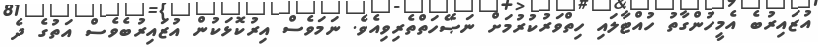
އުޒައިރުބެ އެމީހުންގާތު ހުއްޓާލައި ހިތްވަރުކުރުމަށް ނަޞޭހަތްތެރިވިއެވެ. ނަމަވެސް އިރުކޮޅަކުން އުޒައިރުބެވެސް އަތުގެ ދެ